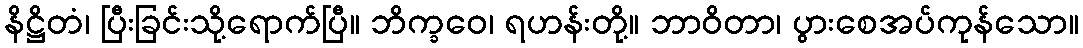
နိဋ္ဌိတံ၊ ပြီးခြင်းသို့ရောက်ပြီ။ ဘိက္ခဝေ၊ ရဟန်းတို့။ ဘာဝိတာ၊ ပွားစေအပ်ကုန်သော။